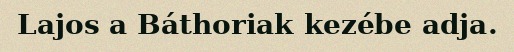
Lajos a Báthoriak kezébe adja.